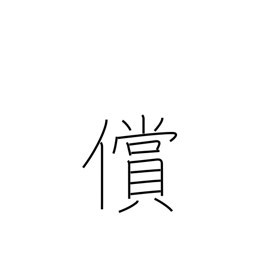
Meaning: recompense